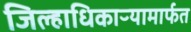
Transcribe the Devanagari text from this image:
जिल्हाधिकाऱ्यामार्फत